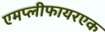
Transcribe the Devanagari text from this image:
एमप्लीफायरएक